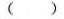
()